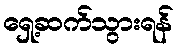
ရှေ့ဆက်သွားရန်